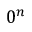
0 ^ { n }